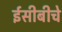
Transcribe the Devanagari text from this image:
ईसीबीचे